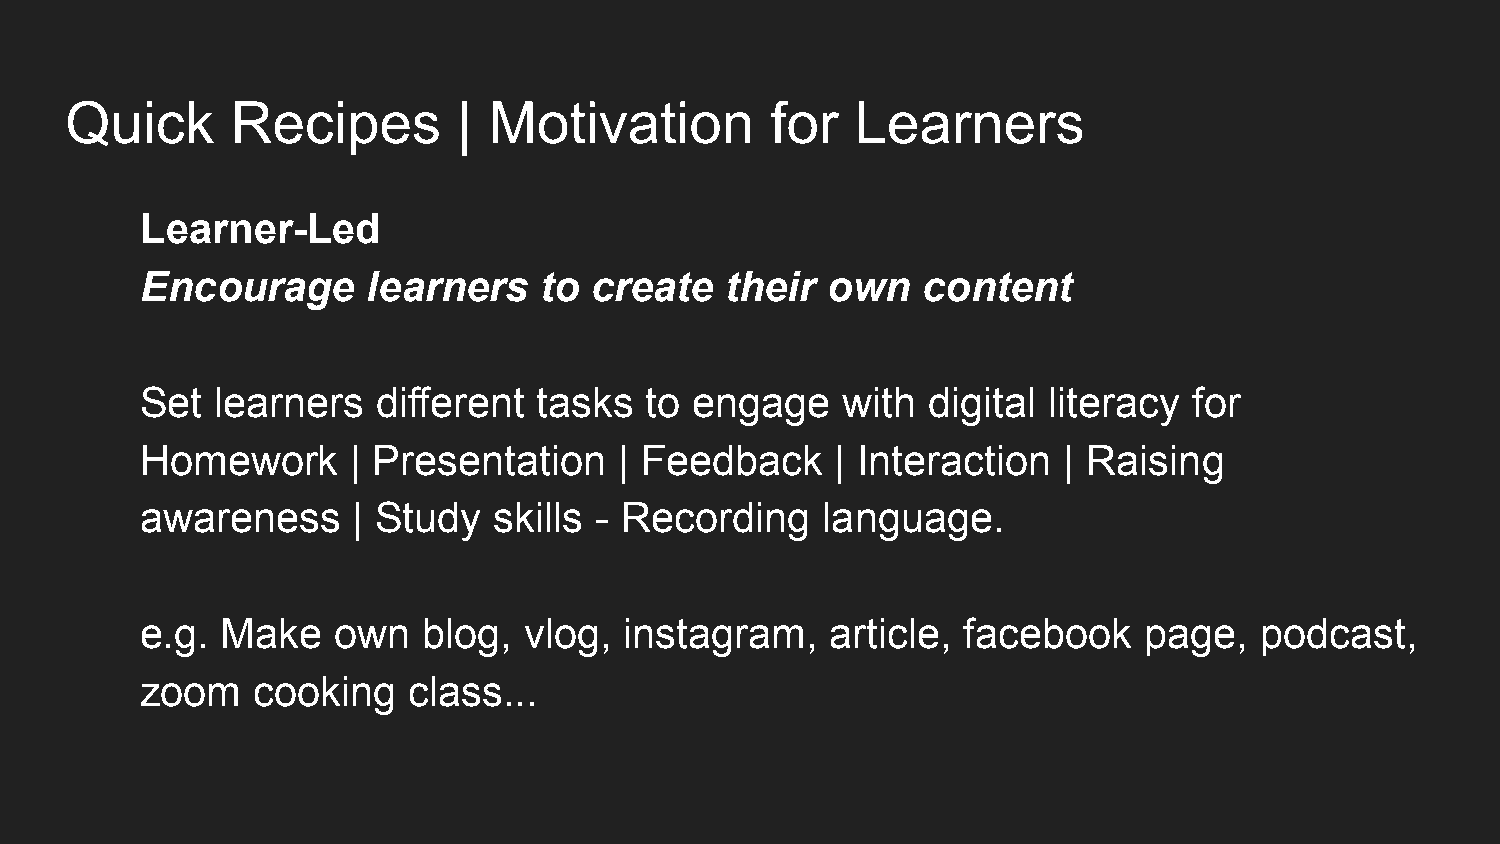
Quick      Recipes        | Motivation         for   Learners
 Learner-Led
 Encourage      learners    to create   their  own   content
 Set  learners   different  tasks  to engage    with digital literacy  for
 Homework      | Presentation    | Feedback    | Interaction  | Raising
 awareness     | Study   skills - Recording   language.
 e.g.  Make   own   blog,  vlog, instagram,    article, facebook    page,  podcast,
 zoom    cooking   class...